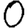
Digit: 0